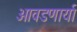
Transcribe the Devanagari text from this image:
आवडणार्या